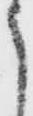
う